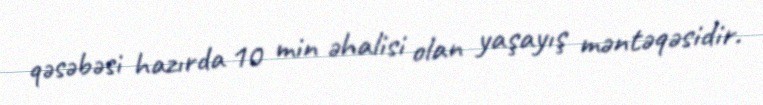
qəsəbəsi hazırda 10 min əhalisi olan yaşayış məntəqəsidir.